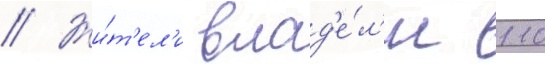
// Жи́т'ел'и влад'е́л'и 110